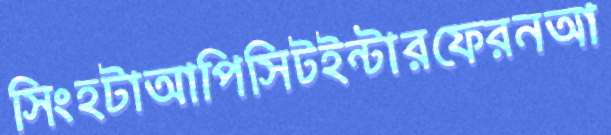
সিংহটাআপিসিটইন্টারফেরনআ